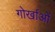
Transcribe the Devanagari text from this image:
गोर्खाओं